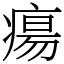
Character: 瘍